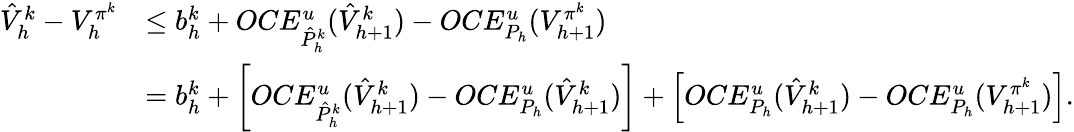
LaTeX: \begin{array}{rl}{\hat{V}_{h}^{k}-V_{h}^{\pi^{k}}}&{\le b_{h}^{k}+OCE_{\hat{P}_{h}^{k}}^{u}(\hat{V}_{h+1}^{k})-OCE_{P_{h}}^{u}(V_{h+1}^{\pi^{k}})}\\ &{=b_{h}^{k}+\left[OCE_{\hat{P}_{h}^{k}}^{u}(\hat{V}_{h+1}^{k})-OCE_{P_{h}}^{u}(\hat{V}_{h+1}^{k})\right]+\left[OCE_{P_{h}}^{u}(\hat{V}_{h+1}^{k})-OCE_{P_{h}}^{u}(V_{h+1}^{\pi^{k}})\right].}\end{array}